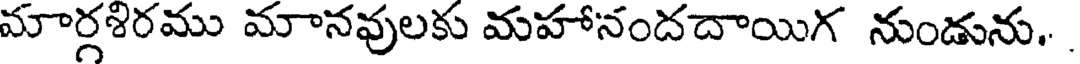
మార్గశిరము మానవులకు మహానందదాయిగ నుండును.